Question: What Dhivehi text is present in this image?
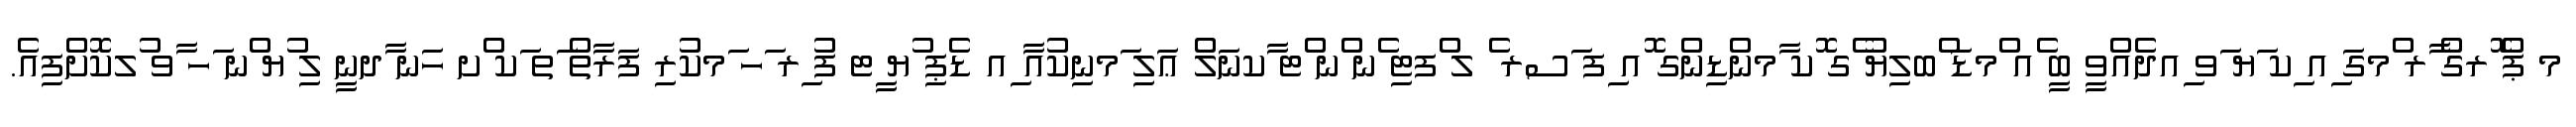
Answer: މ ޕް ޮރގް ާރ ްމގަ ިއ ިކ ަޔ ަވ ިއދެއްވީ ބީ ެއ ްމޑަ ްބލިޔު ެގ ޮކ ާމންޑިންގ ޮއ ިފ ަސރ ެ ލ ްފޓި ެނ ްނ ްޓ ާކނަލް ޢަލި ަމނިކުއާ ިއ ޑެޕި ުޔ ީޓ ފު ިރ ަހ ަމކުރި ފަރާތް ަތ ަކ ްށ ހަނ ާދނީ ލި ުޔ ްނ ަހ ާވ ުލކޮށްފިއެ.